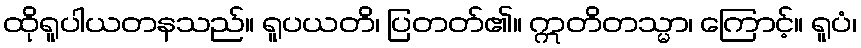
ထိုရူပါယတနသည်။ ရူပယတိ၊ ပြတတ်၏။ ဣတိတသ္မာ၊ ကြောင့်။ ရူပံ၊